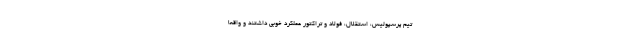
تیم پرسپولیس، استقلال، فولاد و تراکتور عملکرد خوبی داشتند و واقعا